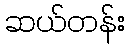
ဆယ်တန်း